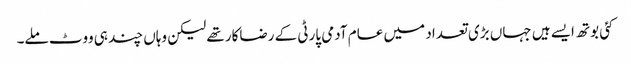
کئی بوتھ ایسے ہیں جہاں بڑی تعداد میں عام آدمی پارٹی کے رضاکار تھے لیکن وہاں چند ہی ووٹ ملے۔